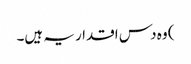
) وہ دس اقدار یہ ہیں۔